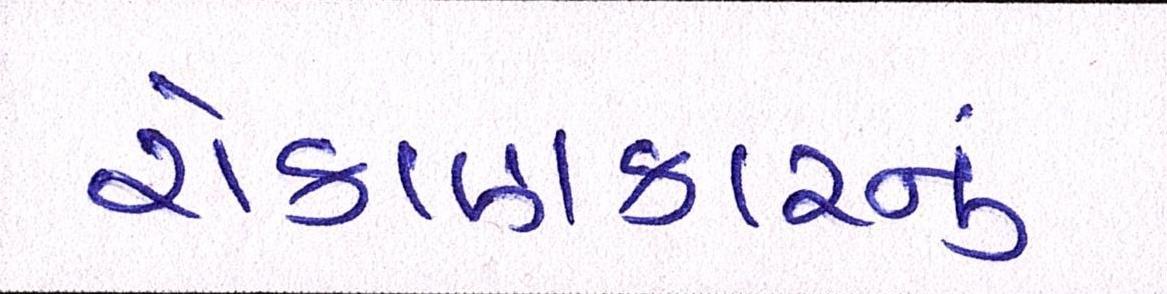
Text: રોકાણકારનું